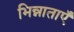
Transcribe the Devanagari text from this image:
भिन्नाताएँ